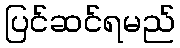
ပြင်ဆင်ရမည်